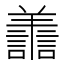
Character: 譱